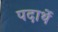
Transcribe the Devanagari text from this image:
पदार्थे